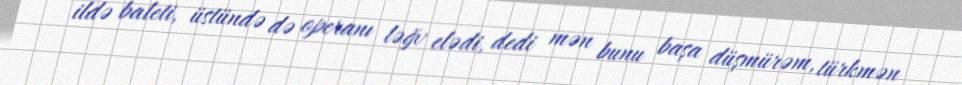
ildə baleti, üstündə də operanı ləğv elədi, dedi mən bunu başa düşmürəm, türkmən